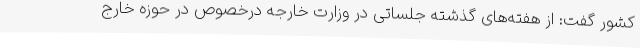
کشور گفت: از هفته‌های گذشته جلساتی در وزارت خارجه درخصوص در حوزه خارج